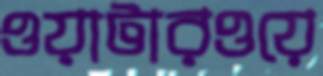
ওয়াটারওয়ে